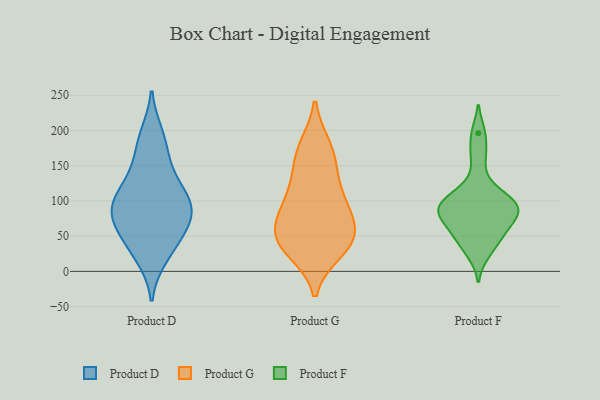
{"axis": {"x": "Revenue (USD Million)", "y": "Value"}, "legend": ["Product D", "Product F", "Product G"], "data": [{"x": "", "y": 57, "type": "Product D"}, {"x": "", "y": 71, "type": "Product D"}, {"x": "", "y": 141, "type": "Product D"}, {"x": "", "y": 83, "type": "Product D"}, {"x": "", "y": 187, "type": "Product D"}, {"x": "", "y": 59, "type": "Product D"}, {"x": "", "y": 97, "type": "Product D"}, {"x": "", "y": 48, "type": "Product D"}, {"x": "", "y": 20, "type": "Product D"}, {"x": "", "y": 90, "type": "Product D"}, {"x": "", "y": 158, "type": "Product D"}, {"x": "", "y": 194, "type": "Product D"}, {"x": "", "y": 25, "type": "Product D"}, {"x": "", "y": 124, "type": "Product D"}, {"x": "", "y": 105, "type": "Product D"}, {"x": "", "y": 100, "type": "Product D"}, {"x": "", "y": 92, "type": "Product D"}, {"x": "", "y": 91, "type": "Product G"}, {"x": "", "y": 43, "type": "Product G"}, {"x": "", "y": 93, "type": "Product G"}, {"x": "", "y": 36, "type": "Product G"}, {"x": "", "y": 123, "type": "Product G"}, {"x": "", "y": 149, "type": "Product G"}, {"x": "", "y": 49, "type": "Product G"}, {"x": "", "y": 176, "type": "Product G"}, {"x": "", "y": 51, "type": "Product G"}, {"x": "", "y": 171, "type": "Product G"}, {"x": "", "y": 30, "type": "Product G"}, {"x": "", "y": 92, "type": "Product G"}, {"x": "", "y": 58, "type": "Product G"}, {"x": "", "y": 92, "type": "Product F"}, {"x": "", "y": 44, "type": "Product F"}, {"x": "", "y": 85, "type": "Product F"}, {"x": "", "y": 80, "type": "Product F"}, {"x": "", "y": 196, "type": "Product F"}, {"x": "", "y": 25, "type": "Product F"}, {"x": "", "y": 93, "type": "Product F"}, {"x": "", "y": 163, "type": "Product F"}, {"x": "", "y": 105, "type": "Product F"}, {"x": "", "y": 74, "type": "Product F"}, {"x": "", "y": 50, "type": "Product F"}, {"x": "", "y": 62, "type": "Product F"}, {"x": "", "y": 96, "type": "Product F"}, {"x": "", "y": 120, "type": "Product F"}]}